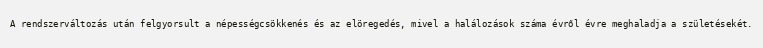
A rendszerváltozás után felgyorsult a népességcsökkenés és az elöregedés, mivel a halálozások száma évről évre meghaladja a születésekét.